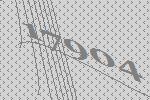
17904